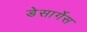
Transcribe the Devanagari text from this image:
डेसार्गेस